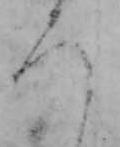
ろ